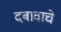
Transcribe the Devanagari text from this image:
दबावाचे